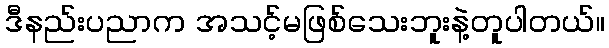
ဒီနည်းပညာက အသင့်မဖြစ်သေးဘူးနဲ့တူပါတယ်။